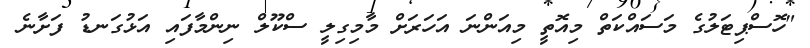
"ހޮސްޕިޓަލުގެ މަސައްކަތް މިއޮތީ މިއަންނަ އަހަރަށް މާމިގިލީ ސްކޫލް ނިންމާފައި އަޅުގަނޑު ފަށާނެ